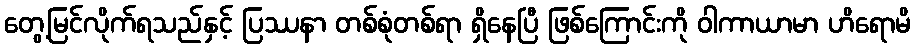
တွေ့မြင်လိုက်ရသည်နှင့် ပြဿနာ တစ်စုံတစ်ရာ ရှိနေပြီ ဖြစ်ကြောင်းကို ဝါကာယာမာ ဟိရောမိ